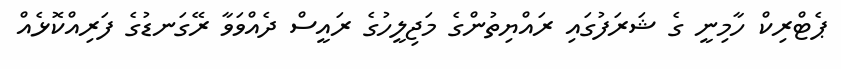
ޕެޓްރިކް ހާމިނީ ގެ ޝަރަފުގައި ރައްޔިތުންގެ މަޖިލީހުގެ ރައީސް ދެއްވަވާ ރޭގަނޑުގެ ފަރިއްކޮޅެއް